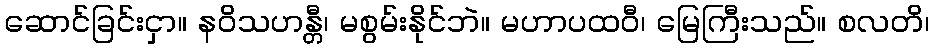
ဆောင်ခြင်းငှာ။ နဝိသဟန္တီ၊ မစွမ်းနိုင်ဘဲ။ မဟာပထဝီ၊ မြေကြီးသည်။ စလတိ၊